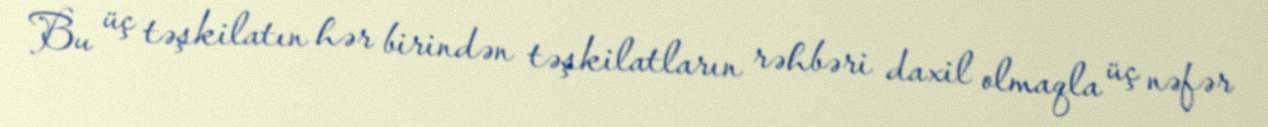
Bu üç təşkilatın hər birindən təşkilatların rəhbəri daxil olmaqla üç nəfər